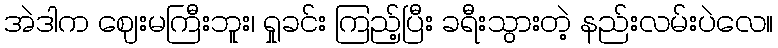
အဲဒါက ဈေးမကြီးဘူး၊ ရှုခင်း ကြည့်ပြီး ခရီးသွားတဲ့ နည်းလမ်းပဲလေ။